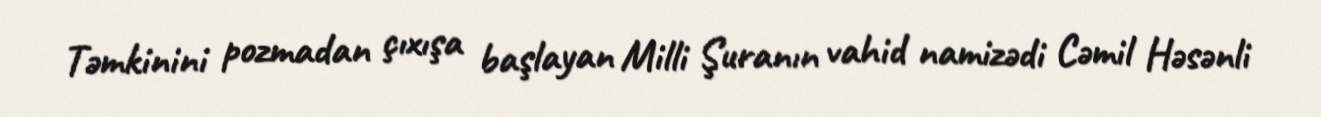
Təmkinini pozmadan çıxışa başlayan Milli Şuranın vahid namizədi Cəmil Həsənli